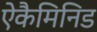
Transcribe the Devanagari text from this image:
ऐकैमिनिड